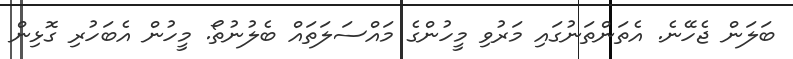
ބަލަން ޖެހޭނެ. އެތަންތަނުގައި މަރުވި މީހުންގެ މައްސަލަތައް ބެލުނުތޯ. މީހުން އެބަހުރި ގޮޅިން